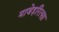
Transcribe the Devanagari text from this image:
माजेइरित्सा